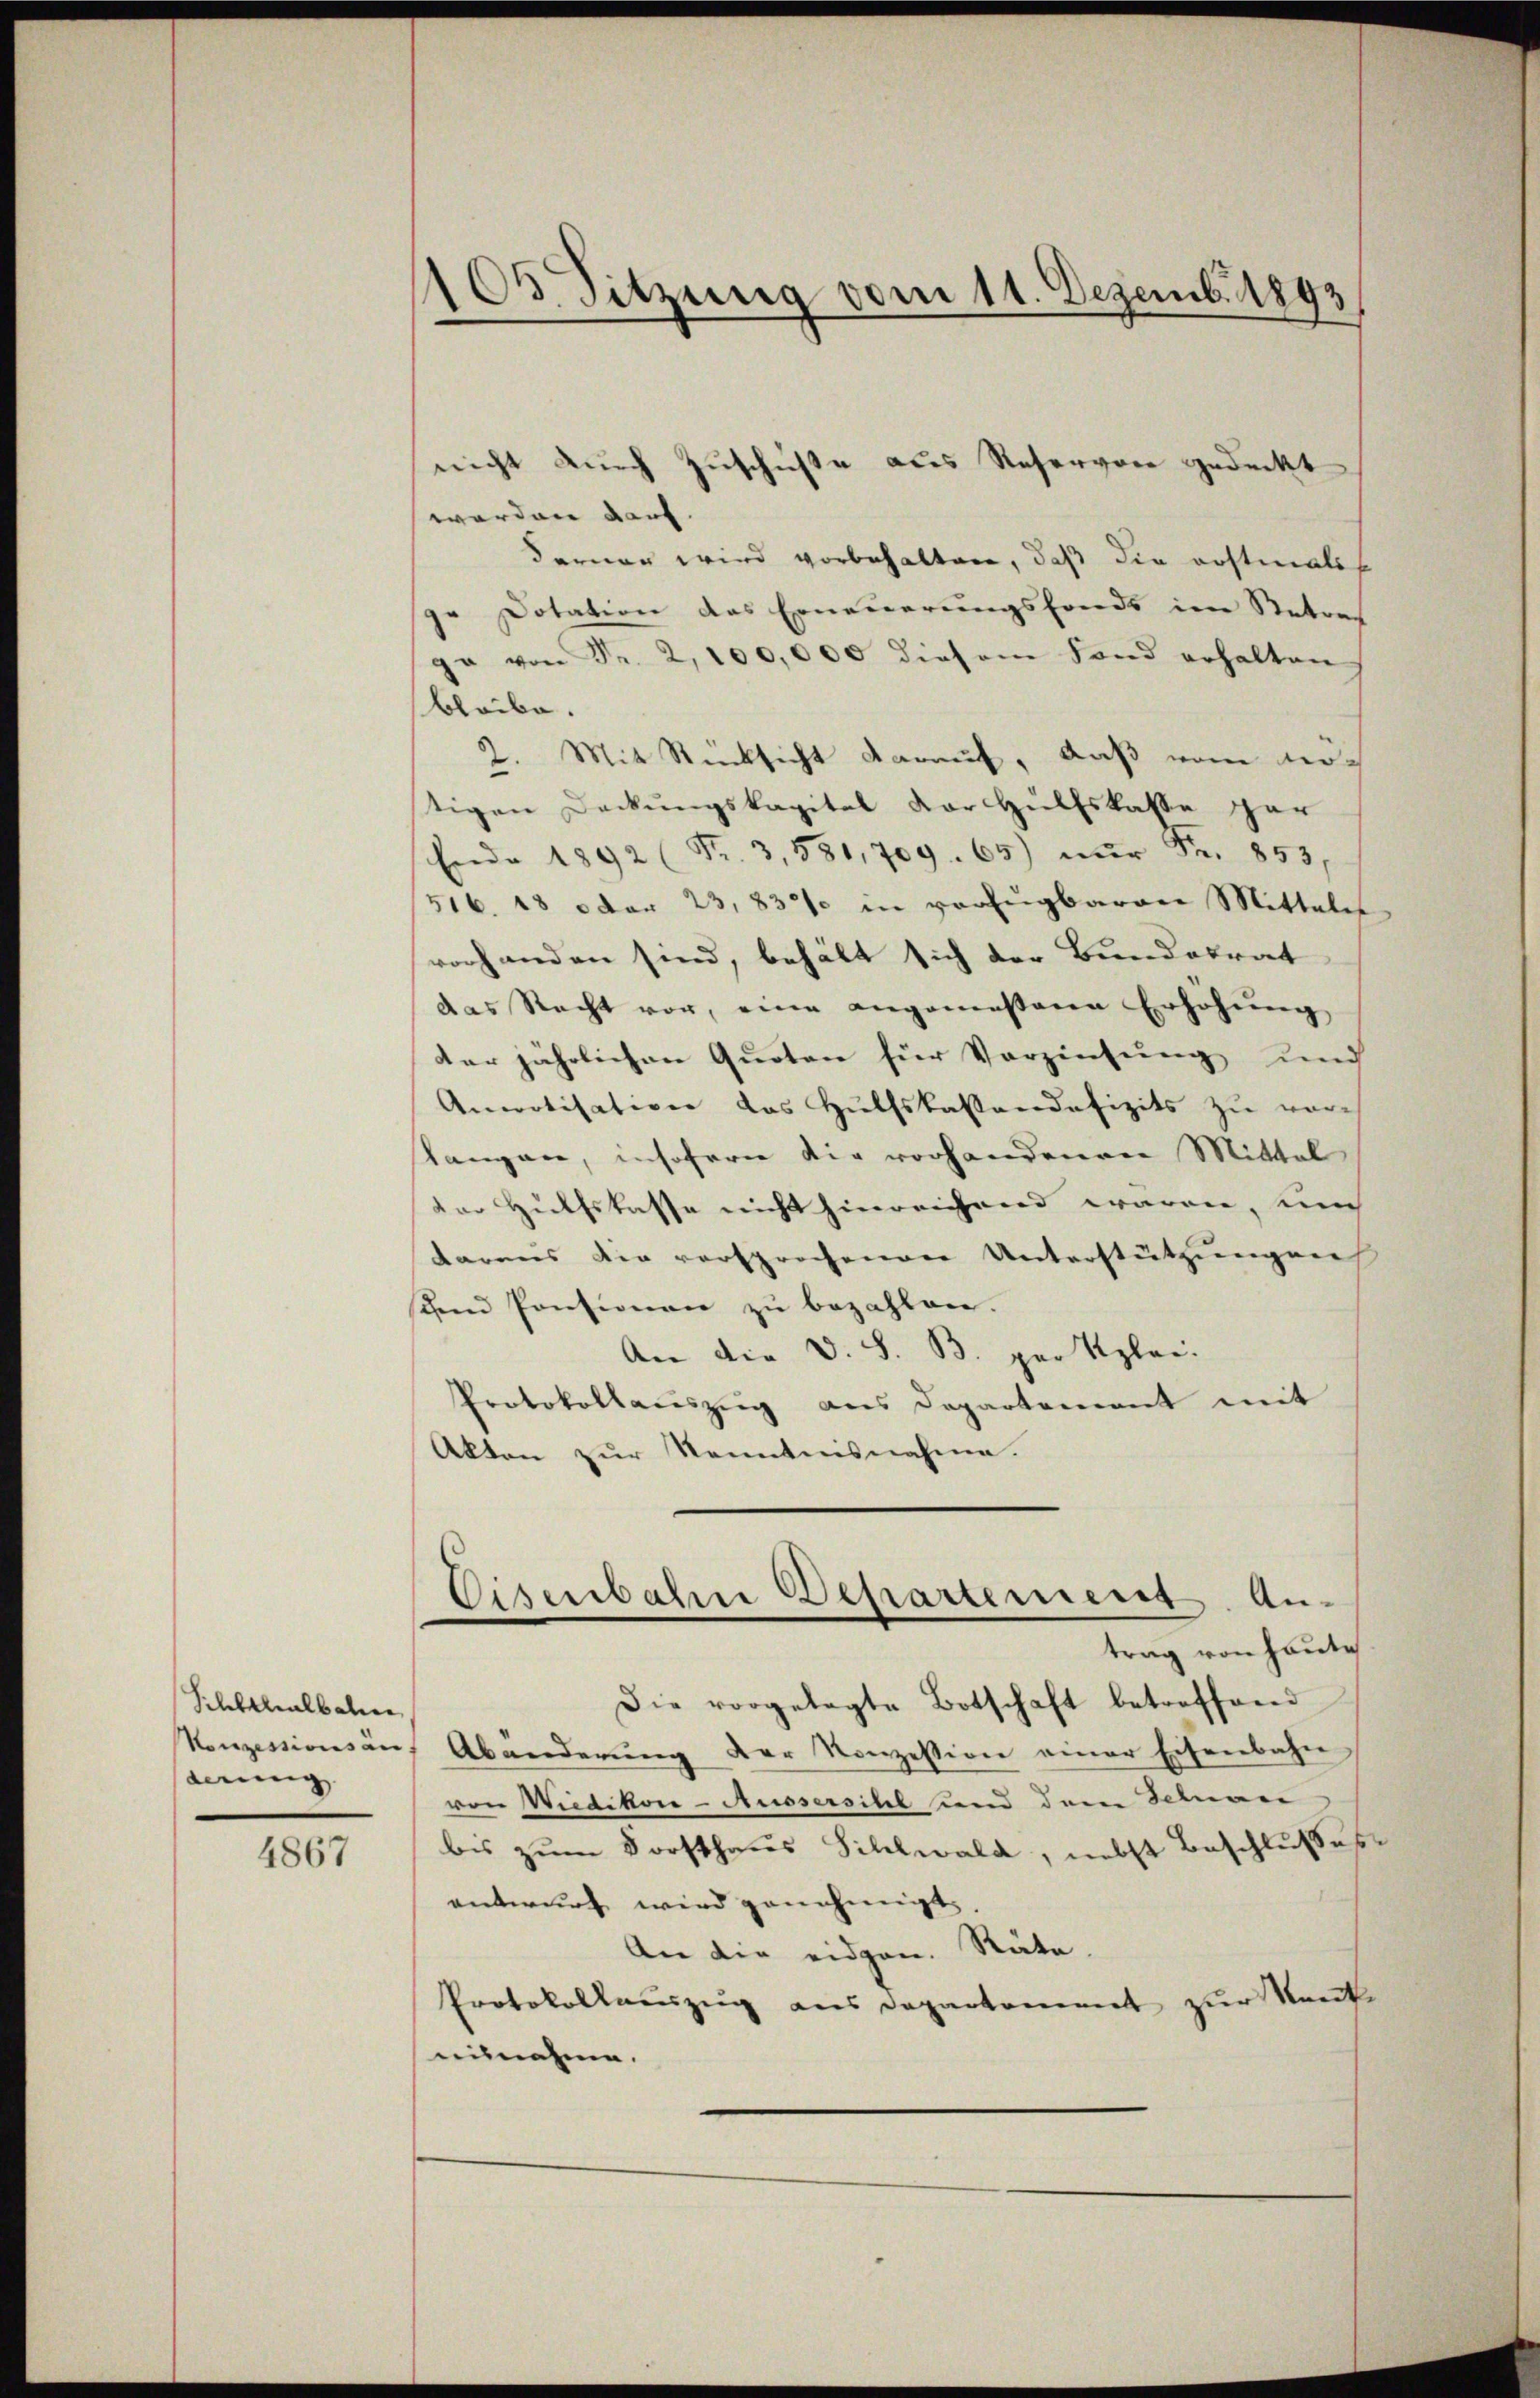
Schltlalban
Konzessionsän
derung

4867

105 Sitzung vom 11. Dezemb. 1893

nicht durch Zuschüsse als Reservor gedeckt
worden darf.
Ferner wird vorbehalten, daß die erstmalig
Dotation das Erneuerungsfonds im Retrag
ga von Fr. 2, 100,000 diesem Fand erhalten
bleibe.
2. Mit Rücksicht darauf, daß vom her-
tigen Deckŭngskapital der Hülfskasse gar
Ende 1892 Fr. 3, 581, 709. 65) nŭr Fr. 853,
516. 18 der 23,830% in verfügbarere Mittale
vorhanden sind, behält sich der Bundesrat
das Recht vor, eine angemessene Erhöhung
der jährlichen Quoten für Verzinsung und
Anpotisation das Hülfskassendefizits zu vorstangen, insofern die vorhandenen Mittel
dor Hülfslasse nicht hinreichnend waren, un
tarens die versprochenen Unterstützungen
dend Pontionen zŭ bezahlen.
An die V. S. B. per Klei
Protokollauszug aus Departement mit
Akten zur Kenntnisnahme.
Eisenbahn Departement. An-
trag von heute
Die vorgelegte Botschaft betreffend
Abänderŭng der Konzession einer Eisenbahn
von Wiedikone-Aussersihl und dem Schnen
bis zum Forsthaus Sihlwald, nebst Beschlusses
entwurf wird genehmigt.
An die eidgen. Räte.
Protokollauszug aus dagenkoment zur Nante
mitnahme.